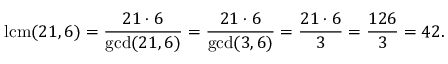
\operatorname { l c m } ( 2 1 , 6 ) = { \frac { 2 1 \cdot 6 } { \operatorname* { g c d } ( 2 1 , 6 ) } } = { \frac { 2 1 \cdot 6 } { \operatorname* { g c d } ( 3 , 6 ) } } = { \frac { 2 1 \cdot 6 } { 3 } } = { \frac { 1 2 6 } { 3 } } = 4 2 .